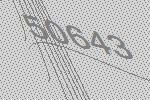
50643